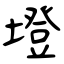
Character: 墱